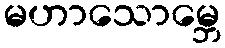
မဟာသောမ္ဘေ